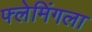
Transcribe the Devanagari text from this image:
फ्लेमिंगला